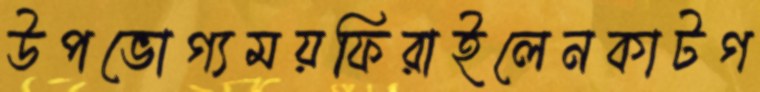
উপভোগ্যময়ফিরাইলেনকাটগ